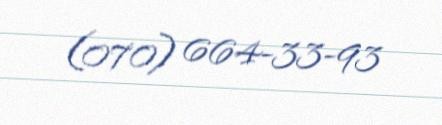
(070) 664-33-93